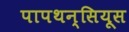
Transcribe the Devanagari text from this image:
पापथन्सियूस